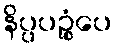
နိပ္ပပဉ္စံပေ